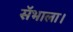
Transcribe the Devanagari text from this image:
सॅभाला।